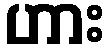
ဟား